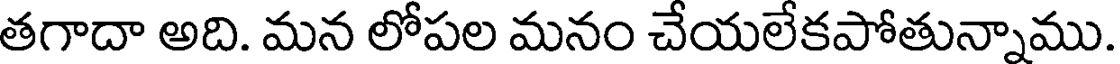
తగాదా అది. మన లోపల మనం చేయలేకపోతున్నాము